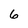
Character: 6